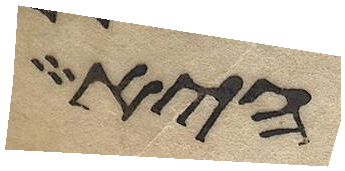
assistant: היא